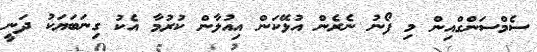
ސެމްސަންގްއިން މި ފޯނު ނެރެން އުޅޭކަން އިއުލާން ކުރުމާ އެކު ގިނަބަޔަކު ދަނީ